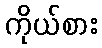
ကိုယ်စား